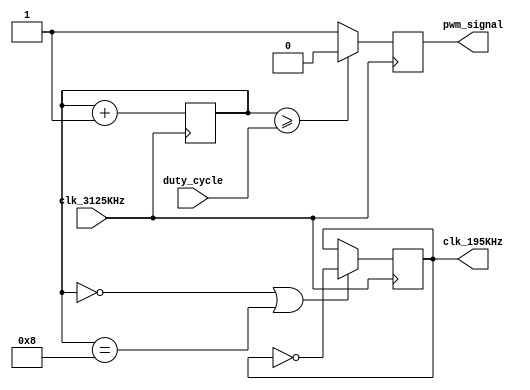
/*
# Team ID:          2396
# Theme:            AstroTinker Bot
# Author List:      Anirudh bhogi
# Filename:         pwm_generator
# File Description: Generates PWM of varying dity cycle in order to control speed of motor
# Global variables: None
*/

module pwm_generator(
    input clk_3125KHz,
    input [3:0] duty_cycle,
    output reg clk_195KHz, pwm_signal
);

initial begin
    clk_195KHz = 0; pwm_signal = 1;
end

reg [6:0] counter=0;

/*
Purpose:
195kHz clock generation and PWM generation based on duty cycle told by Black Line Follwing module for driving the motor*/	
always @(posedge clk_3125KHz)
begin
if(counter==0||counter==8) begin clk_195KHz= ~clk_195KHz; end
if(counter>=duty_cycle) pwm_signal= 0;
else pwm_signal=1;

counter <= counter + 1'b1;
end
endmodule